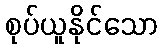
စုပ်ယူနိုင်သော